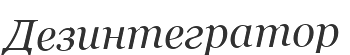
Дезинтегратор